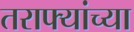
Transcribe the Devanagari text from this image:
तराफ्यांच्या